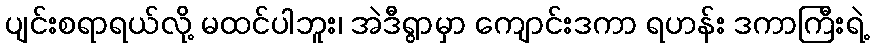
ပျင်းစရာရယ်လို့ မထင်ပါဘူး၊ အဲဒီရွာမှာ ကျောင်းဒကာ ရဟန်း ဒကာကြီးရဲ့